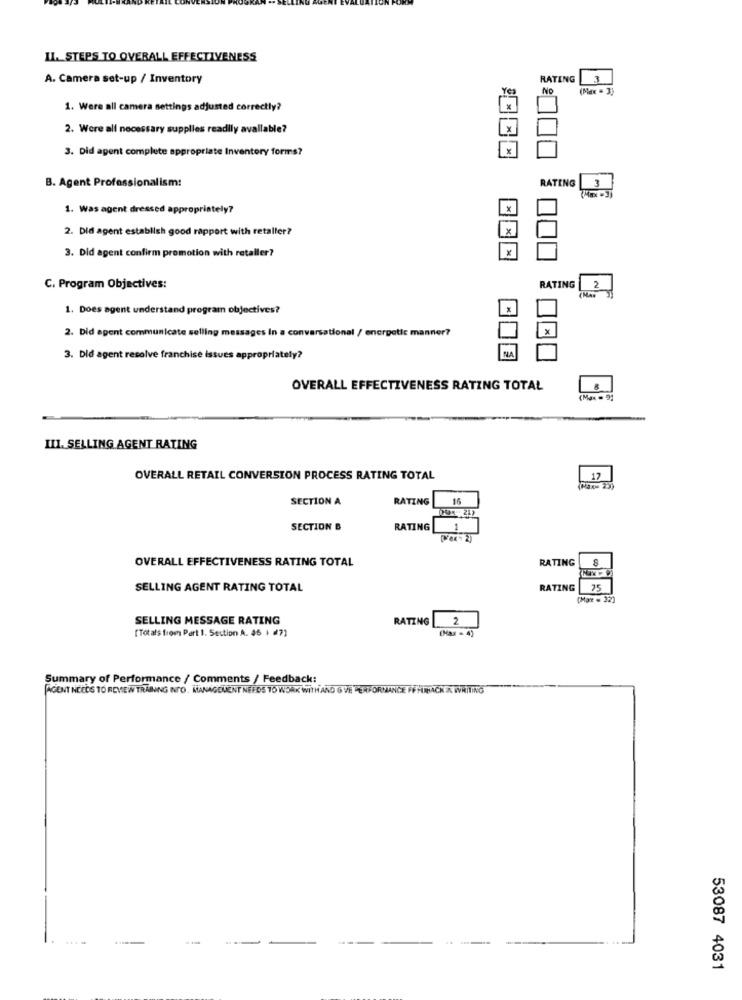
II. STEPS TO OVERALL EFFECTIVENESS
A. Camera set-up / Inventory
RATING
Yes
No
1. Were all camera settings adjusted correctly?
2. Were all necessary supplies readily available?
3. Did agent complete appropriate Inventory forms?
B. Agent Professionalism:
RATING
1.3
1. Was agent dressed appropriately?
2. Did agent establish good rapport with retailer?
X
3. Did agent confirm promotion with retaller?
2
C. Program Objectives:
RATING
1. Does agent understand program objectives?
2. Did agent communicate selling messages In a conversational / energetic manner?
X
3. Did agent resolve franchise issues appropriately?
OVERALL EFFECTIVENESS RATING TOTAL
8
(Max = 91
III. SELLING AGENT RATING
OVERALL RETAIL CONVERSION PROCESS RATING TOTAL
17
SECTION A
RATING
16
SECTION B
RATING
OVERALL EFFECTIVENESS RATING TOTAL
RATING
SELLING AGENT RATING TOTAL
RATING
75
(Max = 32)
SELLING MESSAGE RATING
RATING
2
(Max = 4)
['Totals from Part 1. Section A. 46 | #7)
Summary of Performance / Comments / Feedback:
AGENT NEEDS TO REVIEW TRAINING NTO, MANAGEMENT NEEDS TO WORK WITHAND G VE PERFORMANCE FFHHACK IN WRITING
--
53087 4031